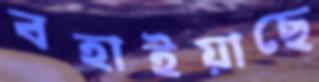
বহাইয়াছে